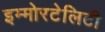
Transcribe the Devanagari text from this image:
इम्मोरटेलिटी